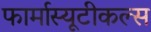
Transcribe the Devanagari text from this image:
फार्मास्यूटीकल्स